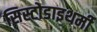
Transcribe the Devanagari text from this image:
सिस्टोडाइथर्मी